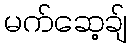
မက်ဆေ့ချ်